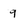
Character: 9